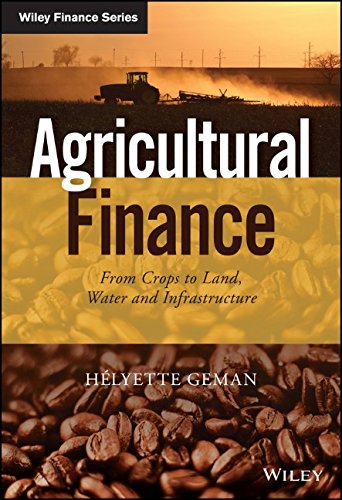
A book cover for Agricultural Finance: From Crops to Land, Water and Infrastructure (The Wiley Finance Series); Helyette Geman; Science & Math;